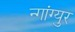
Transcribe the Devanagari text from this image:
न्गांग्युर